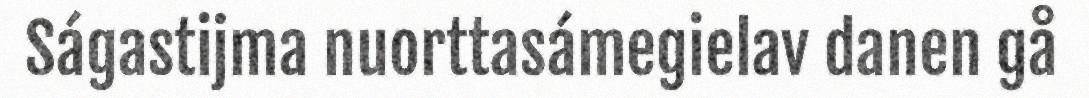
Ságastijma nuorttasámegielav danen gå